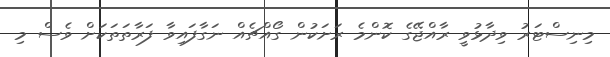
މިނިސްޓަރު ވިދާޅުވީ ރާއްޖޭގެ ކޮންމެ ރަށަކުން ގޯއްޗެއް ނަގާފައިވާ ފަރާތަތަކަށް ވެސް މި